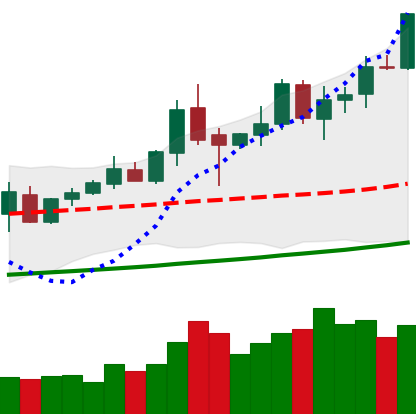
Ticker: XMR-USD
Chart end date: 2020-10-11
Forward return: -4.553%
Label: down_3_5